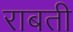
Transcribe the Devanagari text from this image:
राबती